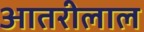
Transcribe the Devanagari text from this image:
आतरीलाल